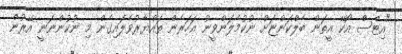
"އިޓްސް އޯކޭ އީތަން ބެލްކަންޏަށް ނުކުމެލަންވީނު އަހަރެން ތައްޔާރުވެލައިގެން މި ނުކުންނަނީ އޭރުން